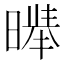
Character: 𱢣